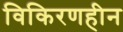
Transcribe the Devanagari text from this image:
विकिरणहीन